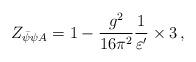
LaTeX: \begin{align*}Z_{\bar{\psi}\psi A} = 1 - \frac{g^2}{16\pi^2} \frac{1}{\varepsilon^\prime} \times 3\, , \end{align*}